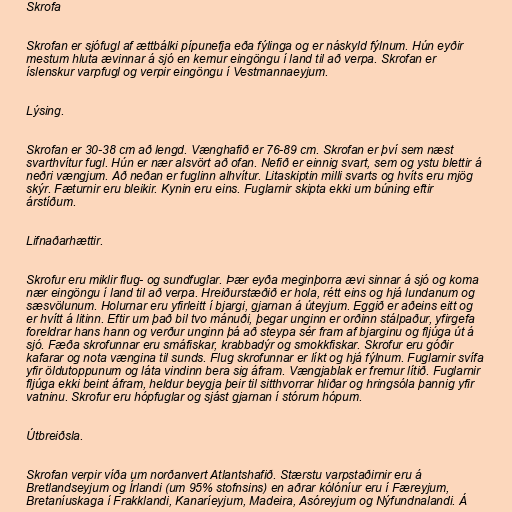
Skrofa

Skrofan er sjófugl af ættbálki pípunefja eða fýlinga og er náskyld fýlnum. Hún eyðir
mestum hluta ævinnar á sjó en kemur eingöngu í land til að verpa. Skrofan er
íslenskur varpfugl og verpir eingöngu í Vestmannaeyjum.

Lýsing.

Skrofan er 30-38 cm að lengd. Vænghafið er 76-89 cm. Skrofan er því sem næst
svarthvítur fugl. Hún er nær alsvört að ofan. Nefið er einnig svart, sem og ystu blettir á
neðri vængjum. Að neðan er fuglinn alhvítur. Litaskiptin milli svarts og hvíts eru mjög
skýr. Fæturnir eru bleikir. Kynin eru eins. Fuglarnir skipta ekki um búning eftir
árstíðum.

Lifnaðarhættir.

Skrofur eru miklir flug- og sundfuglar. Þær eyða meginþorra ævi sinnar á sjó og koma
nær eingöngu í land til að verpa. Hreiðurstæðið er hola, rétt eins og hjá lundanum og
sæsvölunum. Holurnar eru yfirleitt í bjargi, gjarnan á úteyjum. Eggið er aðeins eitt og
er hvítt á litinn. Eftir um það bil tvo mánuði, þegar unginn er orðinn stálpaður, yfirgefa
foreldrar hans hann og verður unginn þá að steypa sér fram af bjarginu og fljúga út á
sjó. Fæða skrofunnar eru smáfiskar, krabbadýr og smokkfiskar. Skrofur eru góðir
kafarar og nota vængina til sunds. Flug skrofunnar er líkt og hjá fýlnum. Fuglarnir svífa
yfir öldutoppunum og láta vindinn bera sig áfram. Vængjablak er fremur lítið. Fuglarnir
fljúga ekki beint áfram, heldur beygja þeir til sitthvorrar hliðar og hringsóla þannig yfir
vatninu. Skrofur eru hópfuglar og sjást gjarnan í stórum hópum.

Útbreiðsla.

Skrofan verpir víða um norðanvert Atlantshafið. Stærstu varpstaðirnir eru á
Bretlandseyjum og Írlandi (um 95% stofnsins) en aðrar kólóníur eru í Færeyjum,
Bretaníuskaga í Frakklandi, Kanaríeyjum, Madeira, Asóreyjum og Nýfundnalandi. Á